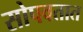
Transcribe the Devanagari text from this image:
सोपवतात